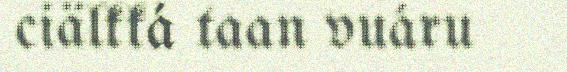
ciälkká taan vuáru